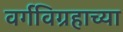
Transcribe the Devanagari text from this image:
वर्गविग्रहाच्या